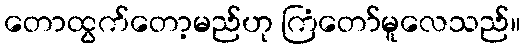
တောထွက်တော့မည်ဟု ကြံတော်မူလေသည်။